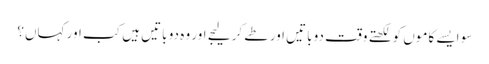
سو ایسے کاموں کو لکھتے وقت دو باتیں اور طے کر لیجے اور وہ دو باتیں ہیں کب اور کہاں؟